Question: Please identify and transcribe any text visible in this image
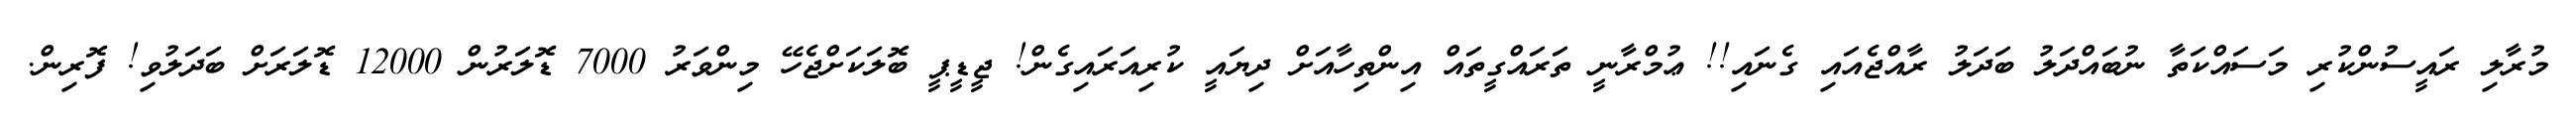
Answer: މުރާލި ރައީސުންކުރި މަސައްކަތާ ނުބައްދަލު ބަދަލު ރާއްޖެއައި ގެނައި!! ޢުމްރާނީ ތަރައްގީތައް އިންތިހާއަށް ދިޔައީ ކުރިއަރައިގެން! ޖީޑީޕީ ބޮލަކަށްޖެހޭ މިންވަރު 7000 ޑޮލަރުން 12000 ޑޮލަރަށް ބަދަލުވި! ފޮރިން.